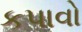
કપાવો